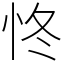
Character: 㤏